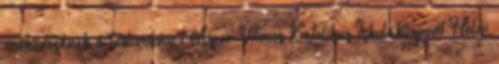
működésének a tudomány 1 Apor Vilmos Katolikus Iskolaközpont Helyi